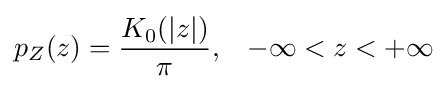
p_{Z}(z)={\frac {K_{0}(|z|)}{\pi }},\;\;\;-\infty <z<+\infty